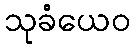
သုခံယေဝ